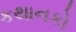
કથાનકો